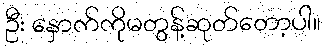
ဦး နှောက်ကိုမတွန့်ဆုတ်တော့ပါ။